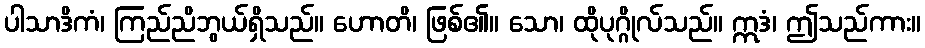
ပါသာဒိကံ၊ ကြည်ညိဘွယ်ရှိသည်။ ဟောတိ၊ ဖြစ်၏။ သော၊ ထိုပုဂ္ဂိုလ်သည်။ ဣဒံ၊ ဤသည်ကား။